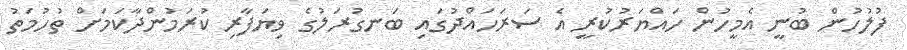
ފުލުހުން ބުނީ އެމީހުން ހައްޔަރުކުރީ އެ ސަރަހައްދުގައި ބަނގުރަލުގެ ވިޔަފާރި ކުރަމުންދާކަމަށް ތުހުމަތު